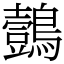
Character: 鷧